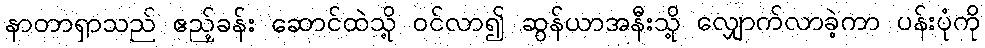
နာတာရှာသည် ဧည့်ခန်း ဆောင်ထဲသို့ ဝင်လာ၍ ဆွန်ယာအနီးသို့ လျှောက်လာခဲ့ကာ ပန်းပုံကို